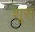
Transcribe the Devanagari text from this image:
शूस